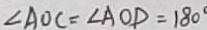
\angle A O C = \angle A O D = 1 8 0 ^ { \circ }